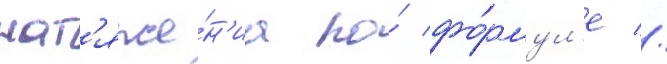
нат'яже́н'иа по́ фо́рмул'е //